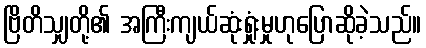
ဗြိတိသျှတို့၏ အကြီးကျယ်ဆုံးရှုံးမှုဟုပြောဆိုခဲ့သည်။